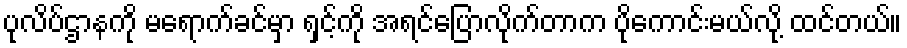
ပုလိပ်ဌာနကို မရောက်ခင်မှာ ရှင့်ကို အရင်ပြောလိုက်တာက ပိုကောင်းမယ်လို့ ထင်တယ်။